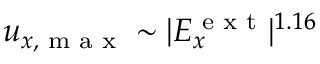
u _ { x , \textrm { m a x } } \sim | E _ { x } ^ { \textrm { e x t } } | ^ { 1 . 1 6 }